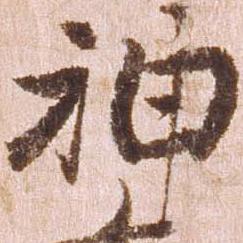
神